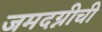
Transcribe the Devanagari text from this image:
जमदग्नीची